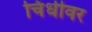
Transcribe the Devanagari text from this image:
चिंधीवर